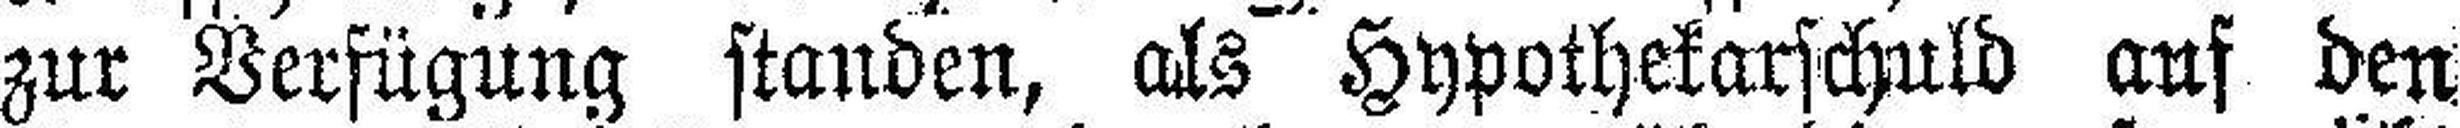
zur Verfügung standen, als Hypothekarschuld auf den